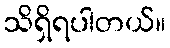
သိရှိရပါတယ်။